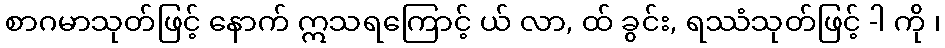
စာဂမာသုတ်ဖြင့် နောက် ဣသရကြောင့် ယ် လာ, ထ် ခွင်း, ရဿံသုတ်ဖြင့် -ါ ကို ၊